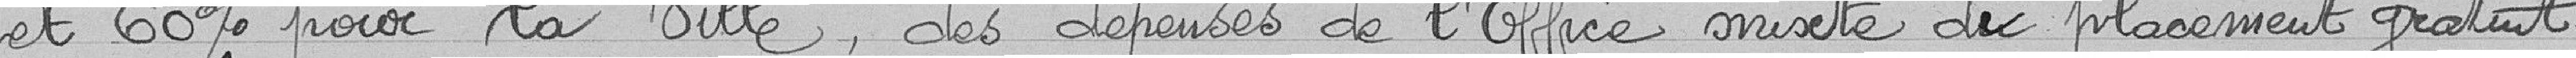
et 60% pour la Ville, des dépenses de l'Office mixte de placement gratuit.